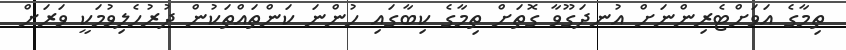
ތިމާގެ އަވަށްޓެރިންނަށް އުނދަގޫވާ ގޮތަށް ތިމާގެ ކިބާގައި ހުންނަ ކަންތައްތަކުން ދުރުހެލިވުމަކީ ވަރަށް